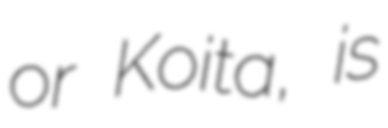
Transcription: or Koita, is